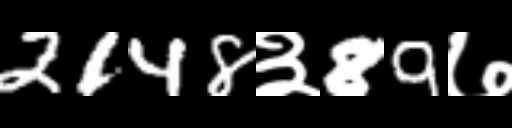
Text: 2148३89७